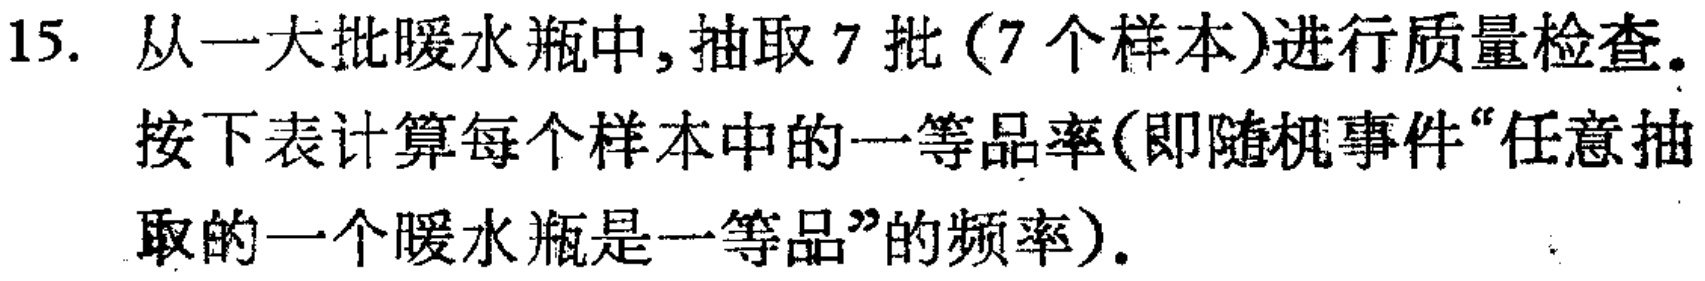
15. 从一大批暖水瓶中,抽取 7 批（7 个样本)进行质量检查。
按下表计算每个样本中的一等品率(即随机事件“任意抽
取的一个暖水瓶是一等品”的频率).